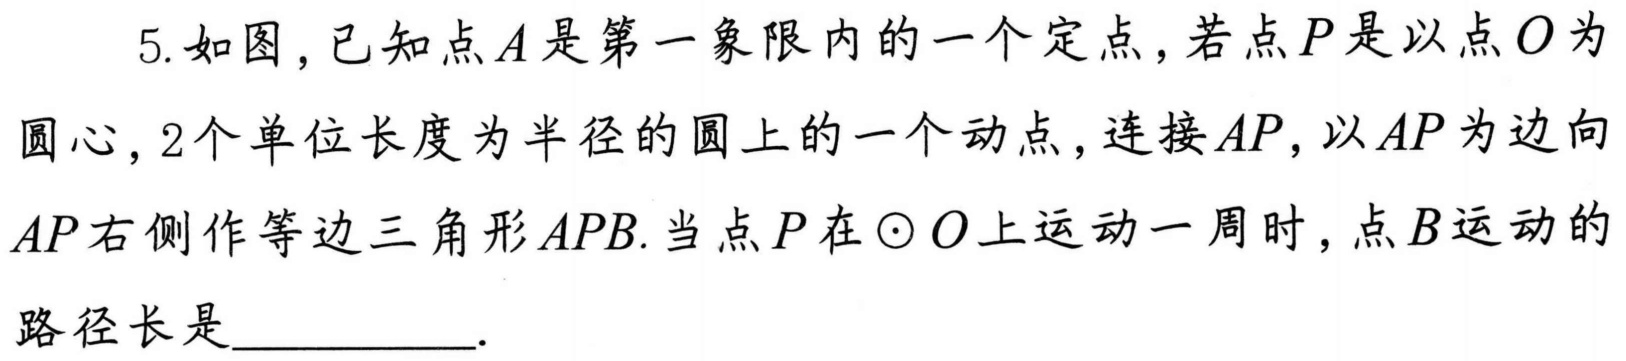
5. 如图,已知点\(A\)是第一象限内的一个定点,若点\(P\)是以点\(O\)为圆心，\(2\)个单位长度为半径的圆上的一个动点,连接\(AP\),以\(AP\)为边向\(AP\)右侧作等边三角形\(APB\).当点\(P\)在\(\odot O\)上运动一周时,点\(B\)运动的路径长是  ．